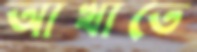
আখাতে